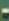
-